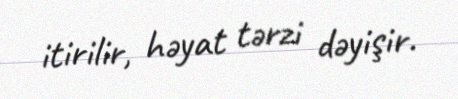
itirilir, həyat tərzi dəyişir.